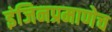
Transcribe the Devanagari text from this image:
इंजिनप्रमाणेच